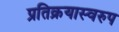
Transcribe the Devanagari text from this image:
प्रतिक्रयास्वरुप